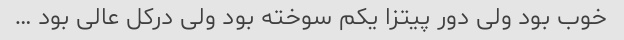
خوب بود ولی دور پیتزا یکم سوخته بود ولی درکل عالی بود …